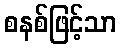
စနစ်ဖြင့်သာ